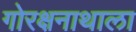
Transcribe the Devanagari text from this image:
गोरक्षनाथाला